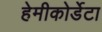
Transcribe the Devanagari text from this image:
हेमीकोर्डेटा